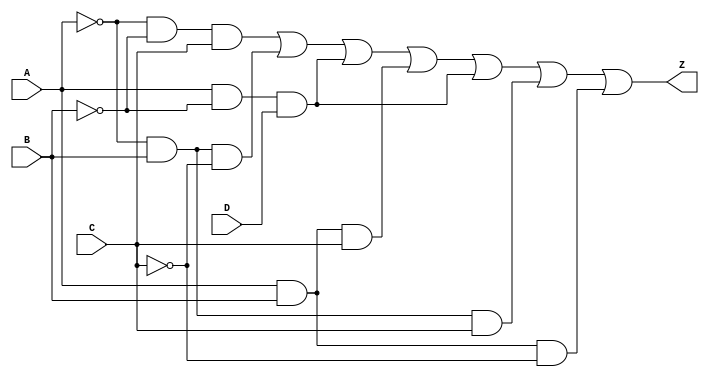
module combinational_logic_block (
    input wire A,    // Input variable A
    input wire B,    // Input variable B
    input wire C,    // Input variable C
    input wire D,    // Input variable D
    output wire Z    // Output result
);

// Define the prime implicants based on the Boolean function
// For example, let's assume the function is represented by the following prime implicants:
// P1 = A'B'C + A'BC' + AB'D + ABC
// The corresponding logic can be represented as follows:

wire P1; // Prime implicant 1
wire P2; // Prime implicant 2
wire P3; // Prime implicant 3
wire P4; // Prime implicant 4

// Implementing prime implicants using AND gates
assign P1 = (~A & ~B & C) | (~A & B & ~C) | (A & ~B & D) | (A & B & C);
assign P2 = (A & ~B & D); // Example additional prime implicant
assign P3 = (~A & B & C); // Example additional prime implicant
assign P4 = (A & B & ~C); // Example additional prime implicant

// Combine the prime implicants using OR gates
assign Z = P1 | P2 | P3 | P4;

endmodule